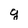
Character: q